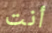
أنت